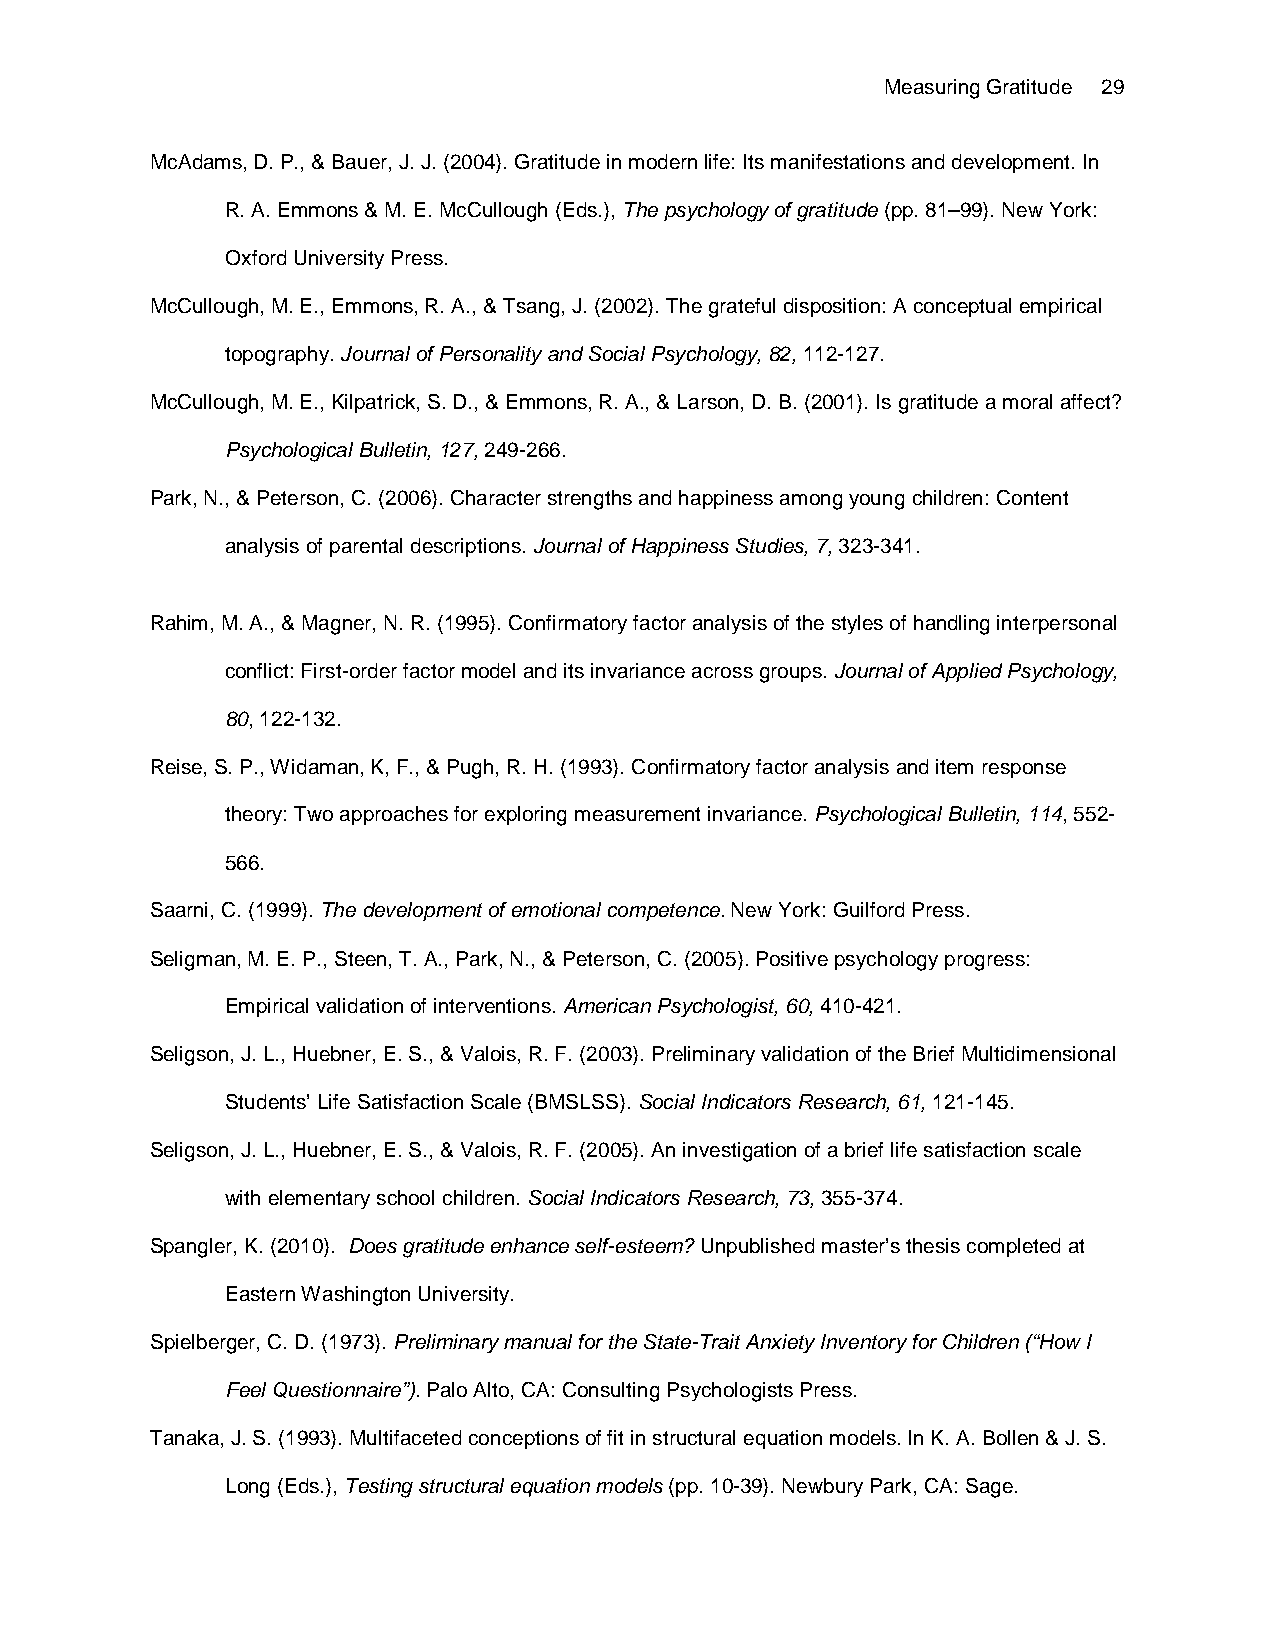
Measuring Gratitude 29
 McAdams, D. P., & Bauer, J. J. (2004). Gratitude in modern life: Its manifestations and development. In
 R. A. Emmons & M. E. McCullough (Eds.), The psychology of gratitude (pp. 81–99). New York:
 Oxford University Press.
 McCullough, M. E., Emmons, R. A., & Tsang, J. (2002). The grateful disposition: A conceptual empirical
 topography. Journal of Personality and Social Psychology, 82, 112-127.
 McCullough, M. E., Kilpatrick, S. D., & Emmons, R. A., & Larson, D. B. (2001). Is gratitude a moral affect?
 Psychological Bulletin, 127, 249-266.
 Park, N., & Peterson, C. (2006). Character strengths and happiness among young children: Content
 analysis of parental descriptions. Journal of Happiness Studies, 7, 323-341.
 Rahim, M. A., & Magner, N. R. (1995). Confirmatory factor analysis of the styles of handling interpersonal
 conflict: First-order factor model and its invariance across groups. Journal of Applied Psychology,
 80, 122-132.
 Reise, S. P., Widaman, K, F., & Pugh, R. H. (1993). Confirmatory factor analysis and item response
 theory: Two approaches for exploring measurement invariance. Psychological Bulletin, 114, 552-
 566.
 Saarni, C. (1999). The development of emotional competence. New York: Guilford Press.
 Seligman, M. E. P., Steen, T. A., Park, N., & Peterson, C. (2005). Positive psychology progress:
 Empirical validation of interventions. American Psychologist, 60, 410-421.
 Seligson, J. L., Huebner, E. S., & Valois, R. F. (2003). Preliminary validation of the Brief Multidimensional
 Students’ Life Satisfaction Scale (BMSLSS). Social Indicators Research, 61, 121-145.
 Seligson, J. L., Huebner, E. S., & Valois, R. F. (2005). An investigation of a brief life satisfaction scale
 with elementary school children. Social Indicators Research, 73, 355-374.
 Spangler, K. (2010). Does gratitude enhance self-esteem? Unpublished master’s thesis completed at
 Eastern Washington University.
 Spielberger, C. D. (1973). Preliminary manual for the State-Trait Anxiety Inventory for Children (“How I
 Feel Questionnaire”). Palo Alto, CA: Consulting Psychologists Press.
 Tanaka, J. S. (1993). Multifaceted conceptions of fit in structural equation models. In K. A. Bollen & J. S.
 Long (Eds.), Testing structural equation models (pp. 10-39). Newbury Park, CA: Sage.